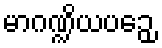
မာဂဏ္ဍိယပဉှေ